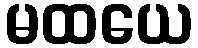
မထယေ